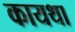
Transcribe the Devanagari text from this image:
कायथा